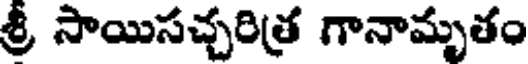
శ్రీ సాయిసచ్చరిత్ర గానామృతం